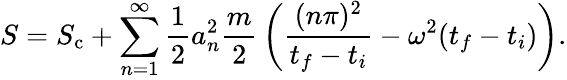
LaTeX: S=S_{\mathrm{c}}+\sum_{n=1}^{\infty}{\frac{1}{2}}a_{n}^{2}{\frac{m}{2}}\left({\frac{(n\pi)^{2}}{t_{f}-t_{i}}}-\omega^{2}(t_{f}-t_{i})\right).